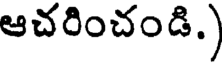
ఆచరించండి.)